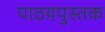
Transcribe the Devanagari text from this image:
पाठयपुस्तक